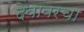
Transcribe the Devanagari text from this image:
देवावरचा